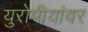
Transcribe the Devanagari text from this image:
युरोपीयांवर